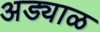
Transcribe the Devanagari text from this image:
अड्याळ